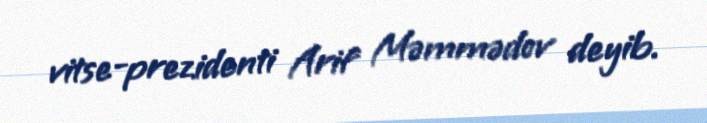
vitse-prezidenti Arif Məmmədov deyib.